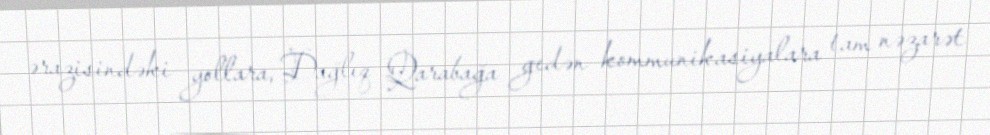
ərazisindəki yollara, Dağlıq Qarabağa gedən kommunikasiyalara tam nəzarət